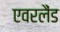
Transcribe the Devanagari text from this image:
एवरलैंड